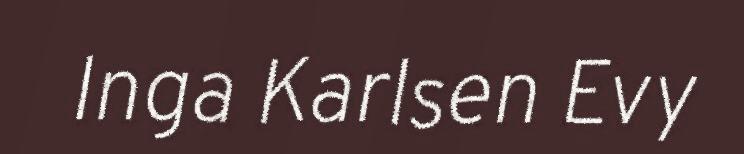
Inga Karlsen Evy